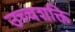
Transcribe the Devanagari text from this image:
उच्‍चशक्ति